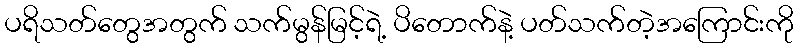
ပရိသတ်တွေအတွက် သက်မွန်မြင့်ရဲ့ ပိတောက်နဲ့ ပတ်သက်တဲ့အကြောင်းကို